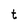
Character: t